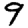
Digit: 9